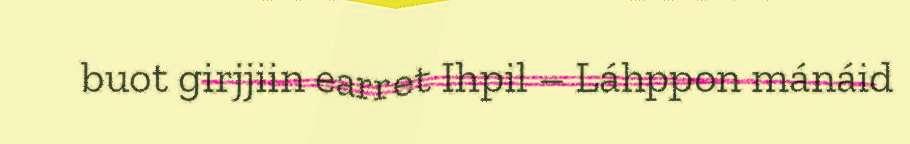
buot girjjiin earret Ihpil – Láhppon mánáid